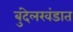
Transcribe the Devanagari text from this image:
बुंदेलखंडात